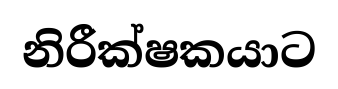
නිරීක්ෂකයාට